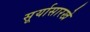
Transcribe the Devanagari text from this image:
सूर्यासारखे